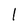
Character: l